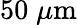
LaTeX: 50\; \mu\mathrm{m}